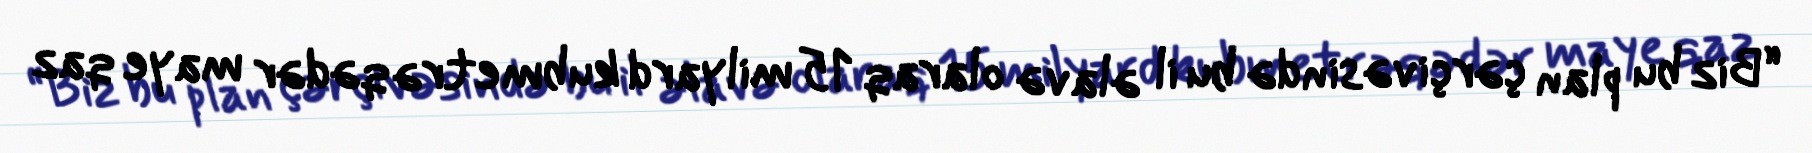
“Biz bu plan çərçivəsində bu il əlavə olaraq 15 milyard kubmetrə qədər maye qaz